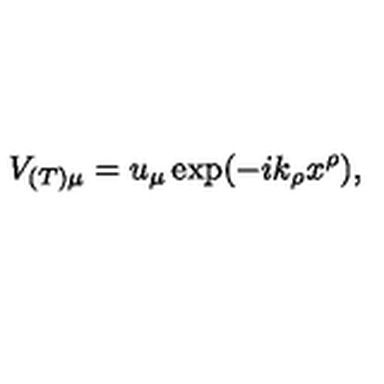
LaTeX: V _ { ( T ) \mu } = u _ { \mu } \exp ( - i k _ { \rho } x ^ { \rho } ) ,